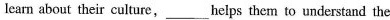
learn about their culture, ___ helps them to understand the